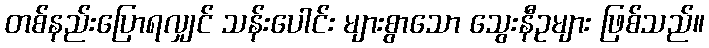
တစ်နည်းပြောရလျှင် သန်းပေါင်း များစွာသော သွေးနီဥများ ဖြစ်သည်။